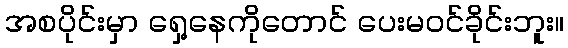
အစပိုင်းမှာ ရှေ့နေကိုတောင် ပေးမဝင်ခိုင်းဘူး။